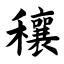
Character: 穰